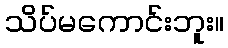
သိပ်မကောင်းဘူး။